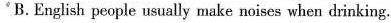
B.English people usually make noises when drinking.